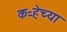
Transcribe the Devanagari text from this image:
कऱ्हेच्या